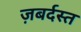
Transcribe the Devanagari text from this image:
ज़बर्दस्‍त